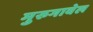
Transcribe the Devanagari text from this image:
मुरुगावेल